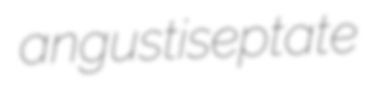
angustiseptate